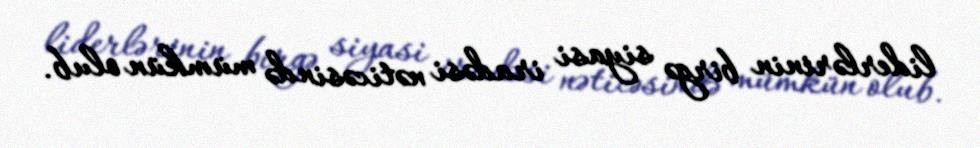
liderlərinin birgə siyasi iradəsi nəticəsində mümkün olub.